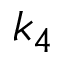
k _ { 4 }